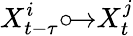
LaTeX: X_{t-\tau}^{i}{\circ\! {\rightarrow}}X_{t}^{j}